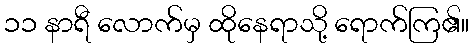
၁၁ နာရီ လောက်မှ ထိုနေရာသို့ ရောက်ကြ၏။